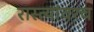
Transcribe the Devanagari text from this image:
रास्त्यांवरच